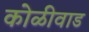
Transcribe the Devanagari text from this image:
कोळीवाड